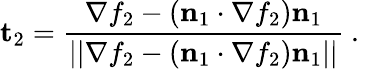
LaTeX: \mathbf{t}_{2}=\frac{\mathbf{\nabla}f_{2}-(\mathbf{n}_{1}\cdot\mathbf{\nabla}f_{2})\mathbf{n}_{1}}{||\mathbf{\nabla}f_{2}-(\mathbf{n}_{1}\cdot\mathbf{\nabla}f_{2})\mathbf{n}_{1}||}\mathrm{~.~}